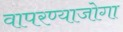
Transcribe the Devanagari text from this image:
वापरण्याजोगा